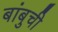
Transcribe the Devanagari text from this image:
बांबुची